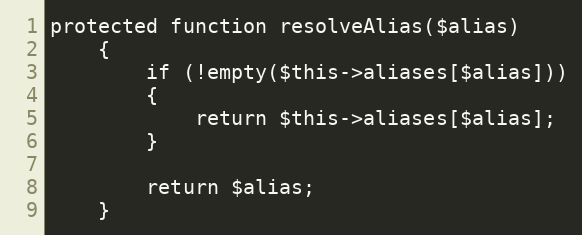
Language: PHP
protected function resolveAlias($alias)
	{
		if (!empty($this->aliases[$alias]))
		{
			return $this->aliases[$alias];
		}

		return $alias;
	}